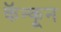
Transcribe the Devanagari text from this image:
कॅन्कून